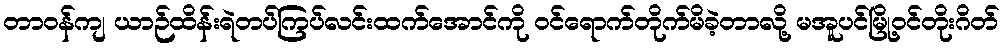
တာဝန်ကျ ယာဉ်ထိန်းရဲတပ်ကြပ်လင်းထက်အောင်ကို ဝင်ရောက်တိုက်မိခဲ့တာလို့ မအူပင်မြို့ဝင်တိုးဂိတ်